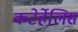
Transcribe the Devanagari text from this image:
कटेर्हेलिस